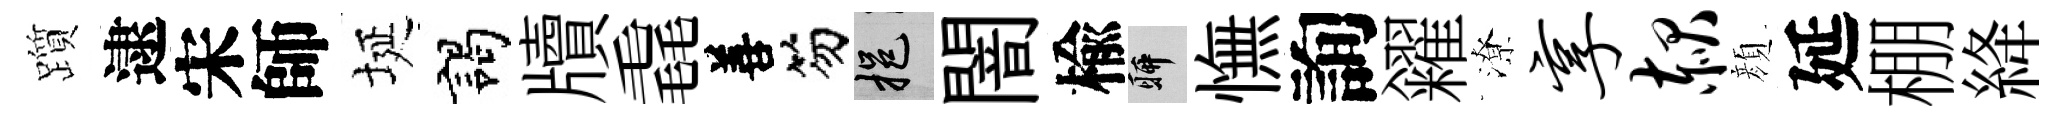
躓逮宋師埏謁牘毳善笏挹闇楡聊憮詢糴潦享赧顔延棚絳